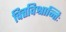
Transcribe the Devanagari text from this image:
चित्तविश्रान्तिः